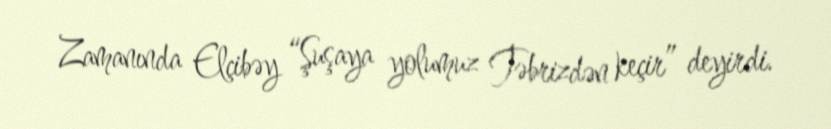
Zamanında Elçibəy “Şuşaya yolumuz Təbrizdən keçir” deyirdi.